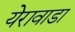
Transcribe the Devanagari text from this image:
येरावाडा